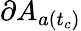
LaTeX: \partial A_{a(t_{c})}